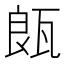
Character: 𤭒